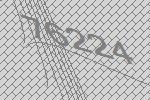
76224